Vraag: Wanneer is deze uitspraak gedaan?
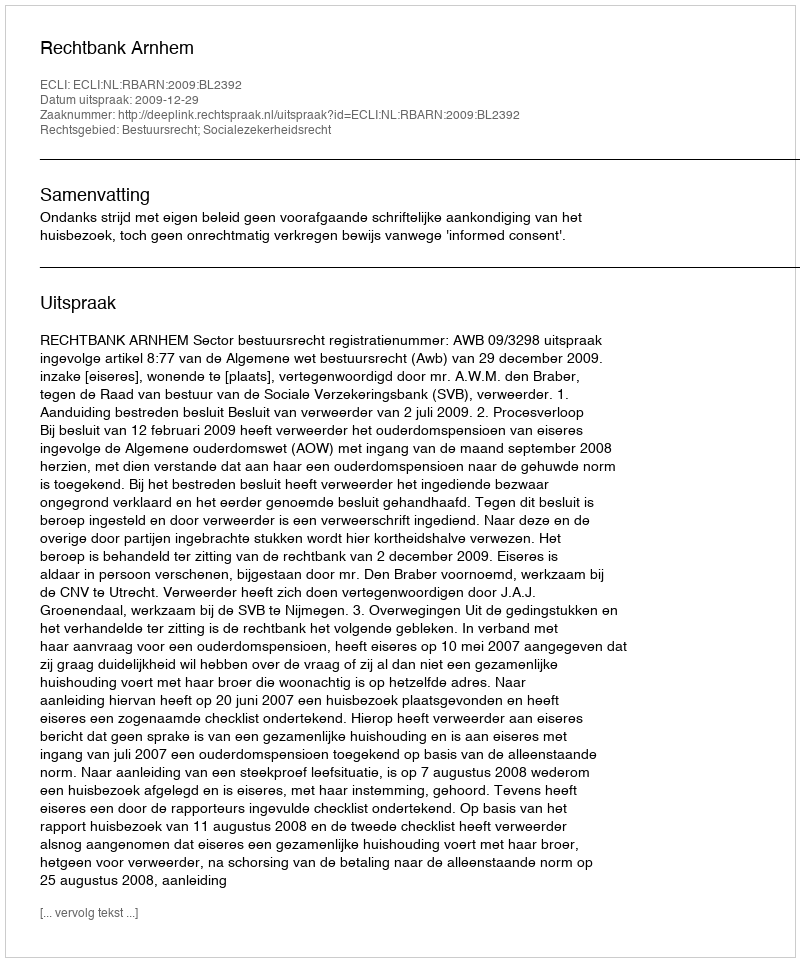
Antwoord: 2009-12-29